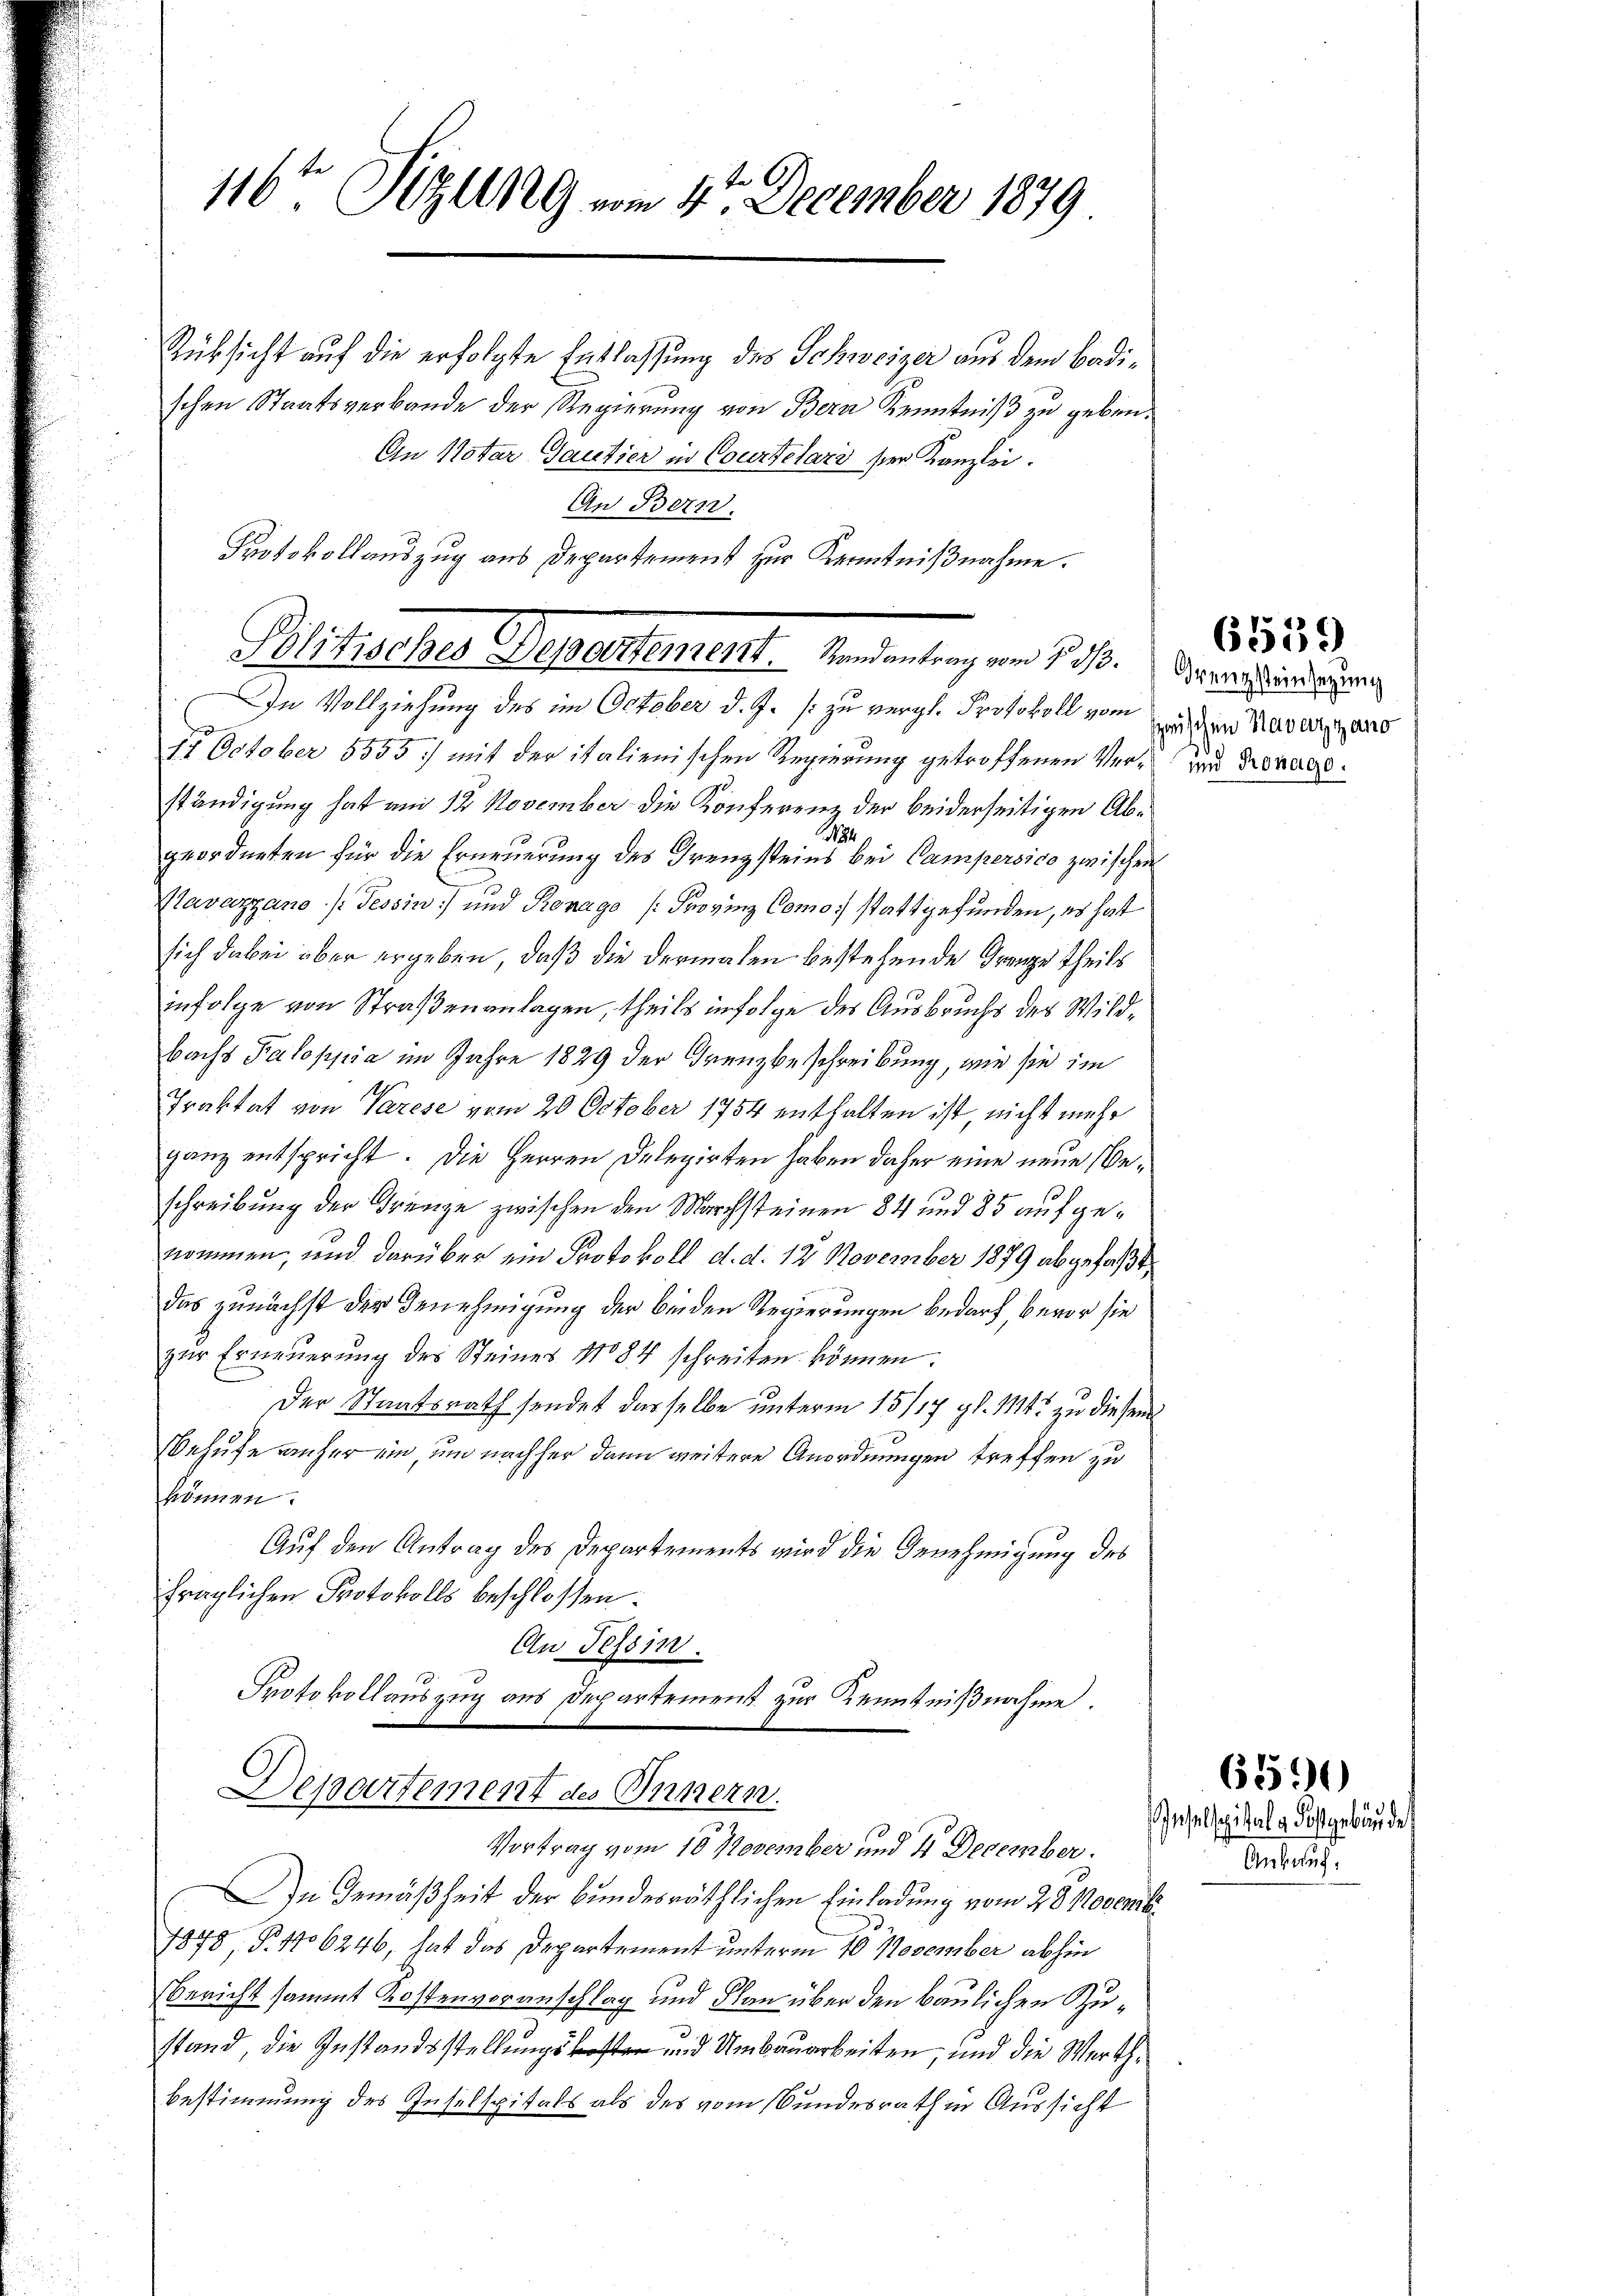
116ten Sizung vom 4te December 1879

Rüksicht auf die erfolgte Entlassung des Schweizer aus dem Badischen Staatsverbande der Regierung von Bern Kenntniß zu geben.
An Notar Gautier in Courtelars ser Kanzlei.
An Bern.
Protokollauszug aus Departement zur Kenntnißnahme.

Plitischer Departement. Wendenten vom 1. 10. Vermeistindung ang

75 October 5555) mit der italienischen Regierung getroffenen Verständigung hat am 12. November die Konferenz der beiderseitigen Ab¬
71
geordneten für die Erneuerung des Grenzsteins bei Campersico zwischen
Mavazzano /: Tessin und Ronago (Provinz Como stattgefunden, es hat
sich dabei über ergeben, daß die dermalen bestehende Grenze theils
infolge von Straßenanlagen, theils infolge des Ausbruchs des Wildbachs Paloppia im Jahre 1829 der Grenzbeschreibung, wie sie im
Praktat von Varese vom 20. October 1754 enthalten ist, nicht mehr
ganz entspricht. Die Herren Delegirten haben daher eine neue Beschreibung der Grenze zwischen den Marchsteinen 84 und 85 aufgenommen, und darüber ein Protokoll d. d. 12 November 1879 abgefaßt,
das zunächst der Genehmigung der beiden Regierungen bedarf, bevor sie
zŭr Erneuerung des Steines No 84 schreiben können.
Der Staatsrath sendet dasselbe unterm 15/17 gl. 114 zu diesem
Behufe anher ein, und nachher dann weitere Anordnungen treffen zu
können.
Auf den Antrag des Departements wird die Genehmigung des
fraglichen Protokolls beschlossen
An Tessin.
Protokollauszug aus Departement zur Kenntnißnahme.

Departement des Innern.
Vortrag vom 10. November und 4 December.

In Gemäßheit der bundesräthlichen Einladung vom 28. Novembr
1878 §. 1706246, hat das Departement unterm 10. November abhin
Bericht sammt Kostenvoranschlag und Plan über den baulichen Zustand die Instandsstellungskosten und Umbauarbeiten, und die Werth¬
Bestimmung des Inselspitals als des vom Bundesrath in Aussicht

In Vollziehung des im October d. J. s. zu vergl. Protokoll von den Kavatzans

6559

und Ronage.

6590

elspiele Kostgebäude
Ankauf.